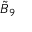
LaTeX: { \tilde { B } } _ { 9 }